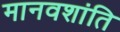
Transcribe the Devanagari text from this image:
मानवशांति